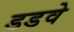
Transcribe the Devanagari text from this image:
डडवे